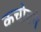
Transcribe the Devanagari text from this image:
कचोटने